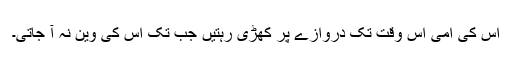
اس کی امی اس وقت تک دروازے پر کھڑی رہتیں جب تک اس کی وین نہ آ جاتی۔